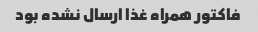
فاکتور همراه غذا ارسال نشده بود